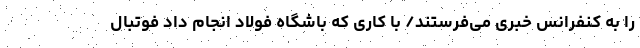
را به کنفرانس خبری می‌فرستند/ با کاری که باشگاه فولاد انجام داد فوتبال